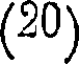
(20)